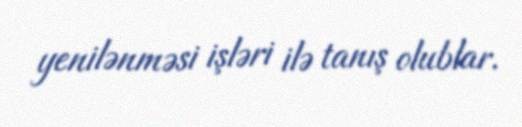
yenilənməsi işləri ilə tanış olublar.